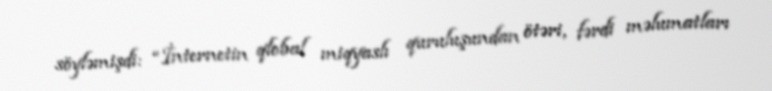
söyləmişdi: “İnternetin qlobal miqyaslı quruluşundan ötəri, fərdi məlumatları